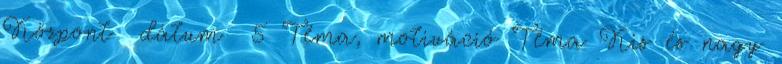
Központ dátum 5 Téma, motiváció Téma Kis és nagy